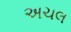
અચલ